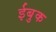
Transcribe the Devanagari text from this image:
ईबुक